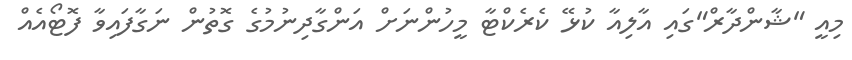
މިއީ "ޝާންދާރް"ގައި އާލިއާ ކުޅޭ ކެރެކްޓާ މީހުންނަށް އަންގާދިނުމުގެ ގޮތުން ނަގާފައިވާ ފޮޓޯއެއް